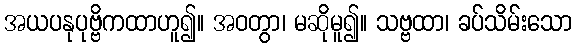
အယပနုပုဗ္ဗိကထာဟူ၍။ အဝတွာ၊ မဆိုမူ၍။ သဗ္ဗထာ၊ ခပ်သိမ်းသော